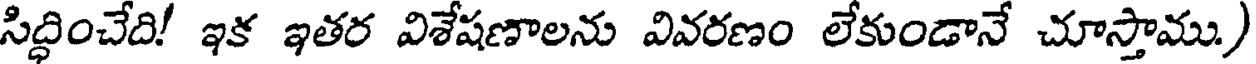
సిద్ధించేది! ఇక ఇతర విశేషణాలను వివరణం లేకుండానే చూస్తాము)